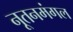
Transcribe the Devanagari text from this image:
नूतनमंगल